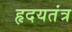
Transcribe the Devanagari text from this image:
हृदयतंत्र